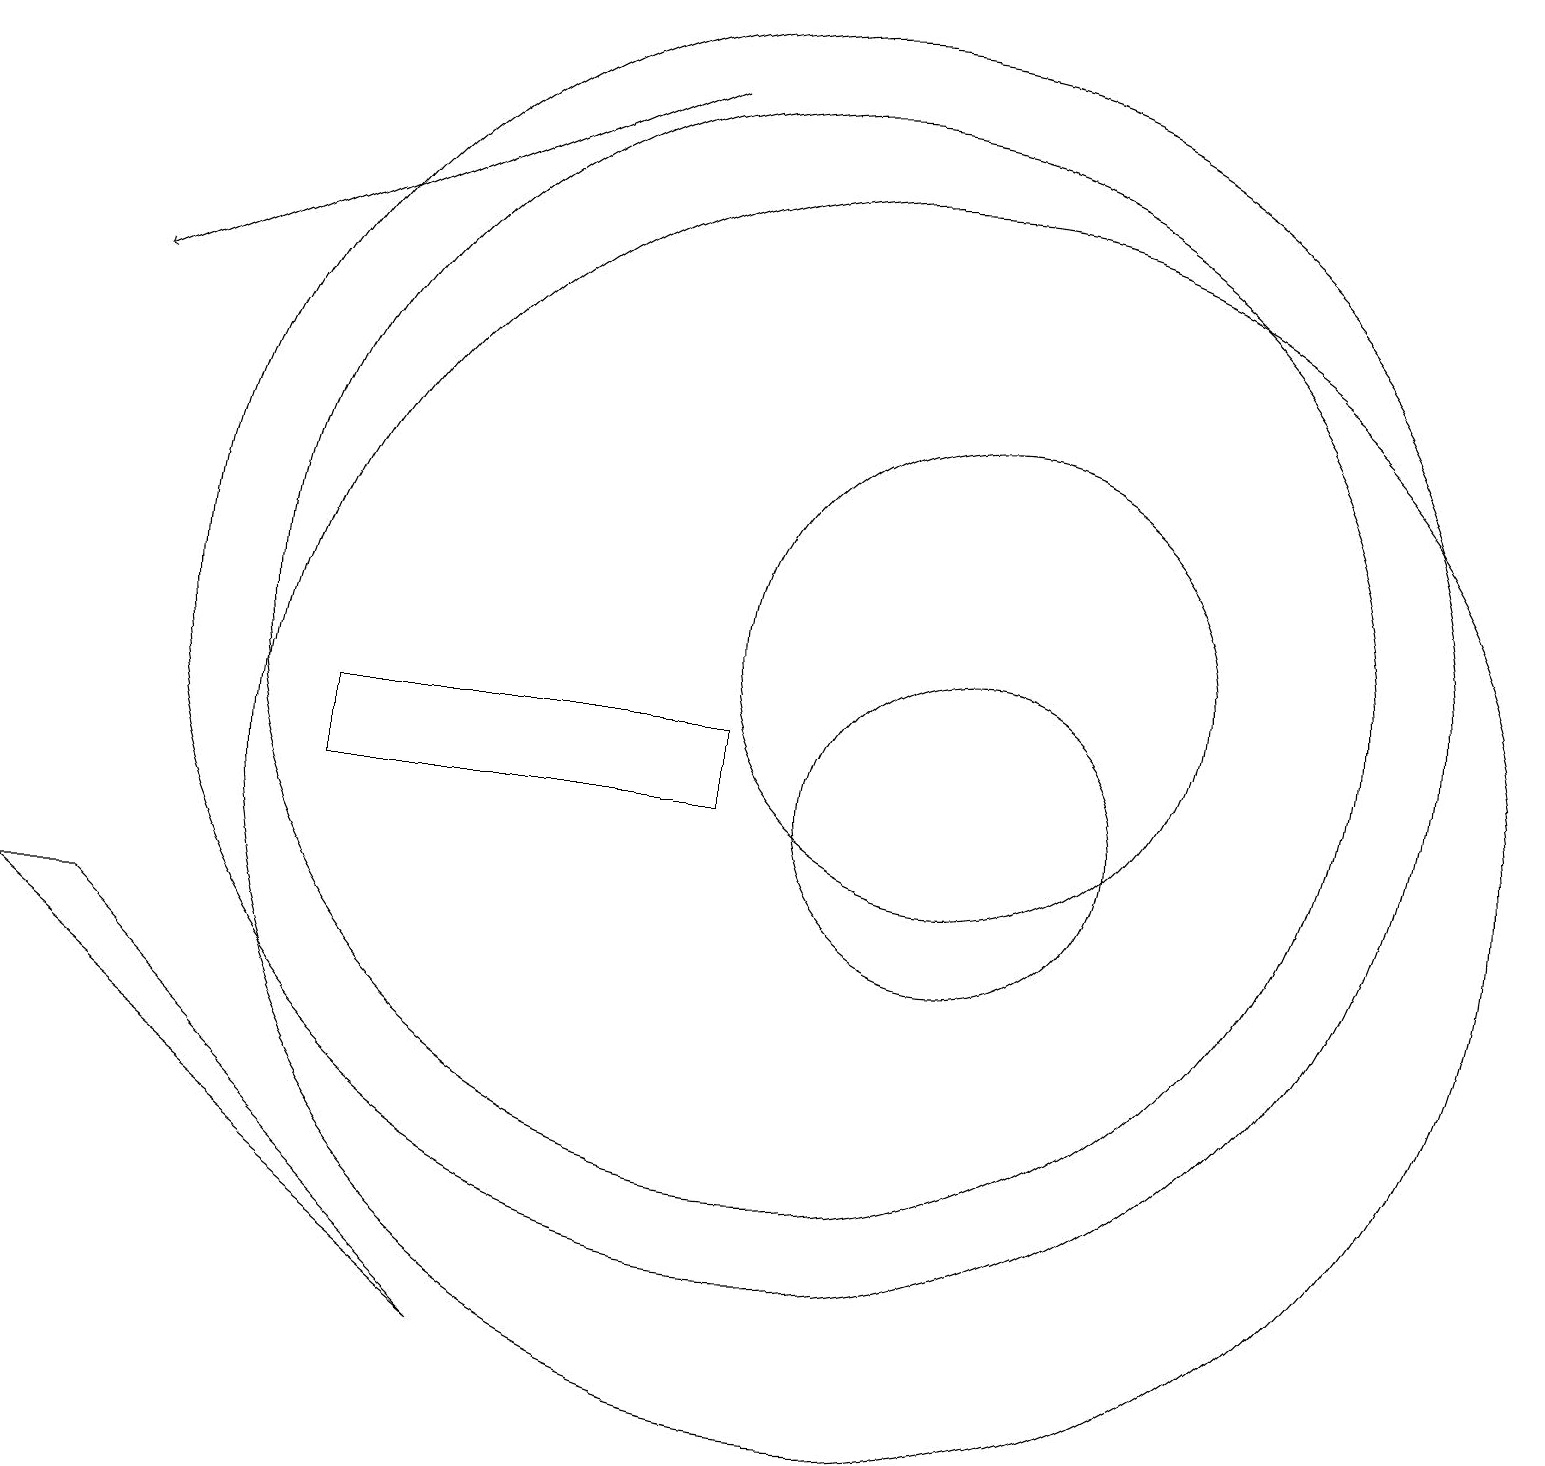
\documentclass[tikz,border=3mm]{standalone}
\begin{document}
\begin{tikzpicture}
\draw (4,11) rectangle (9,10);
\draw (12,10) circle (2);
\draw[->] (8,19) -- (1,16);
\draw (12,12) circle (3);
\draw (10,12) circle (8);
\draw (11,10) circle (8);
\draw (10,12) circle (7);
\draw (6,3) -- (1,8) -- (0,8) -- cycle;
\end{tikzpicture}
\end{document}